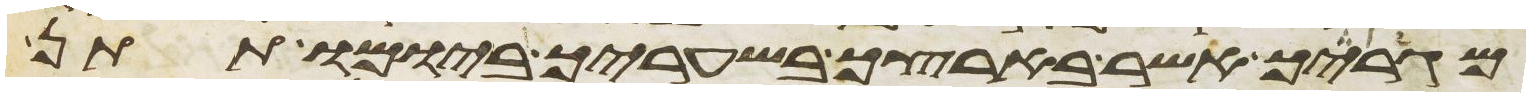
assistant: מגרך אשר בארצך בשעריך ביומו תתן